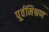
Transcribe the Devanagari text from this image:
पूर्वमिश्रण